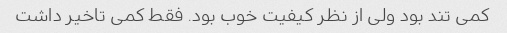
کمی تند بود ولی از نظر کیفیت خوب بود. فقط کمی تاخیر داشت